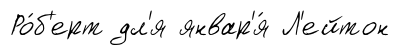
Ро́б'ерт дл'я январ'я́ Л'ейтон